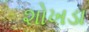
શોખડા